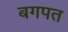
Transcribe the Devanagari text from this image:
बगपत